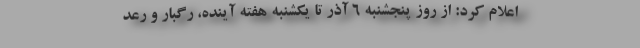
اعلام کرد: از روز پنجشنبه ۶ آذر تا یکشنبه هفته آینده، رگبار و رعد